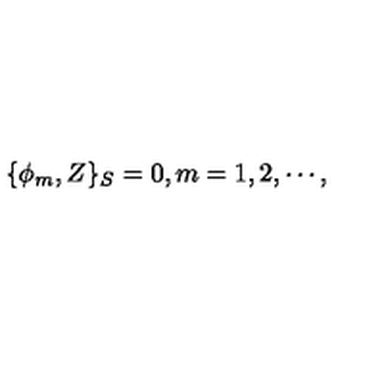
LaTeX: \{ \phi _ { m } , Z \} _ { S } = 0 , m = 1 , 2 , \cdots ,